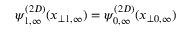
\psi _ { 1 , \infty } ^ { ( 2 D ) } ( x _ { \perp 1 , \infty } ) = \psi _ { 0 , \infty } ^ { ( 2 D ) } ( x _ { \perp 0 , \infty } )